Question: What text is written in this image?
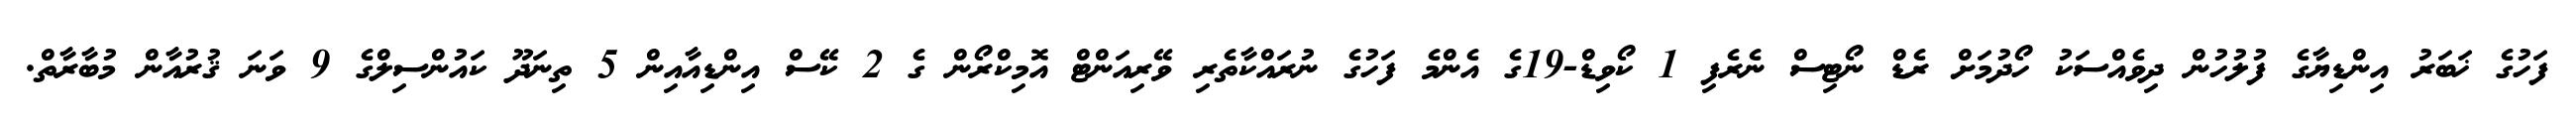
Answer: ފަހުގެ ޚަބަރު އިންޑިޔާގެ ފުލުހުން ދިވެއްސަކު ހޯދުމަށް ރެޑް ނޯޓިސް ނެރެފި 1 ކޯވިޑް-19ގެ އެންމެ ފަހުގެ ނުރައްކާތެރި ވޭރިއަންޓް އޮމިކްރޯން ގެ 2 ކޭސް އިންޑިއާއިން 5 ތިނަދޫ ކައުންސިލްގެ 9 ވަނަ ޤުރުއާން މުބާރާތް.